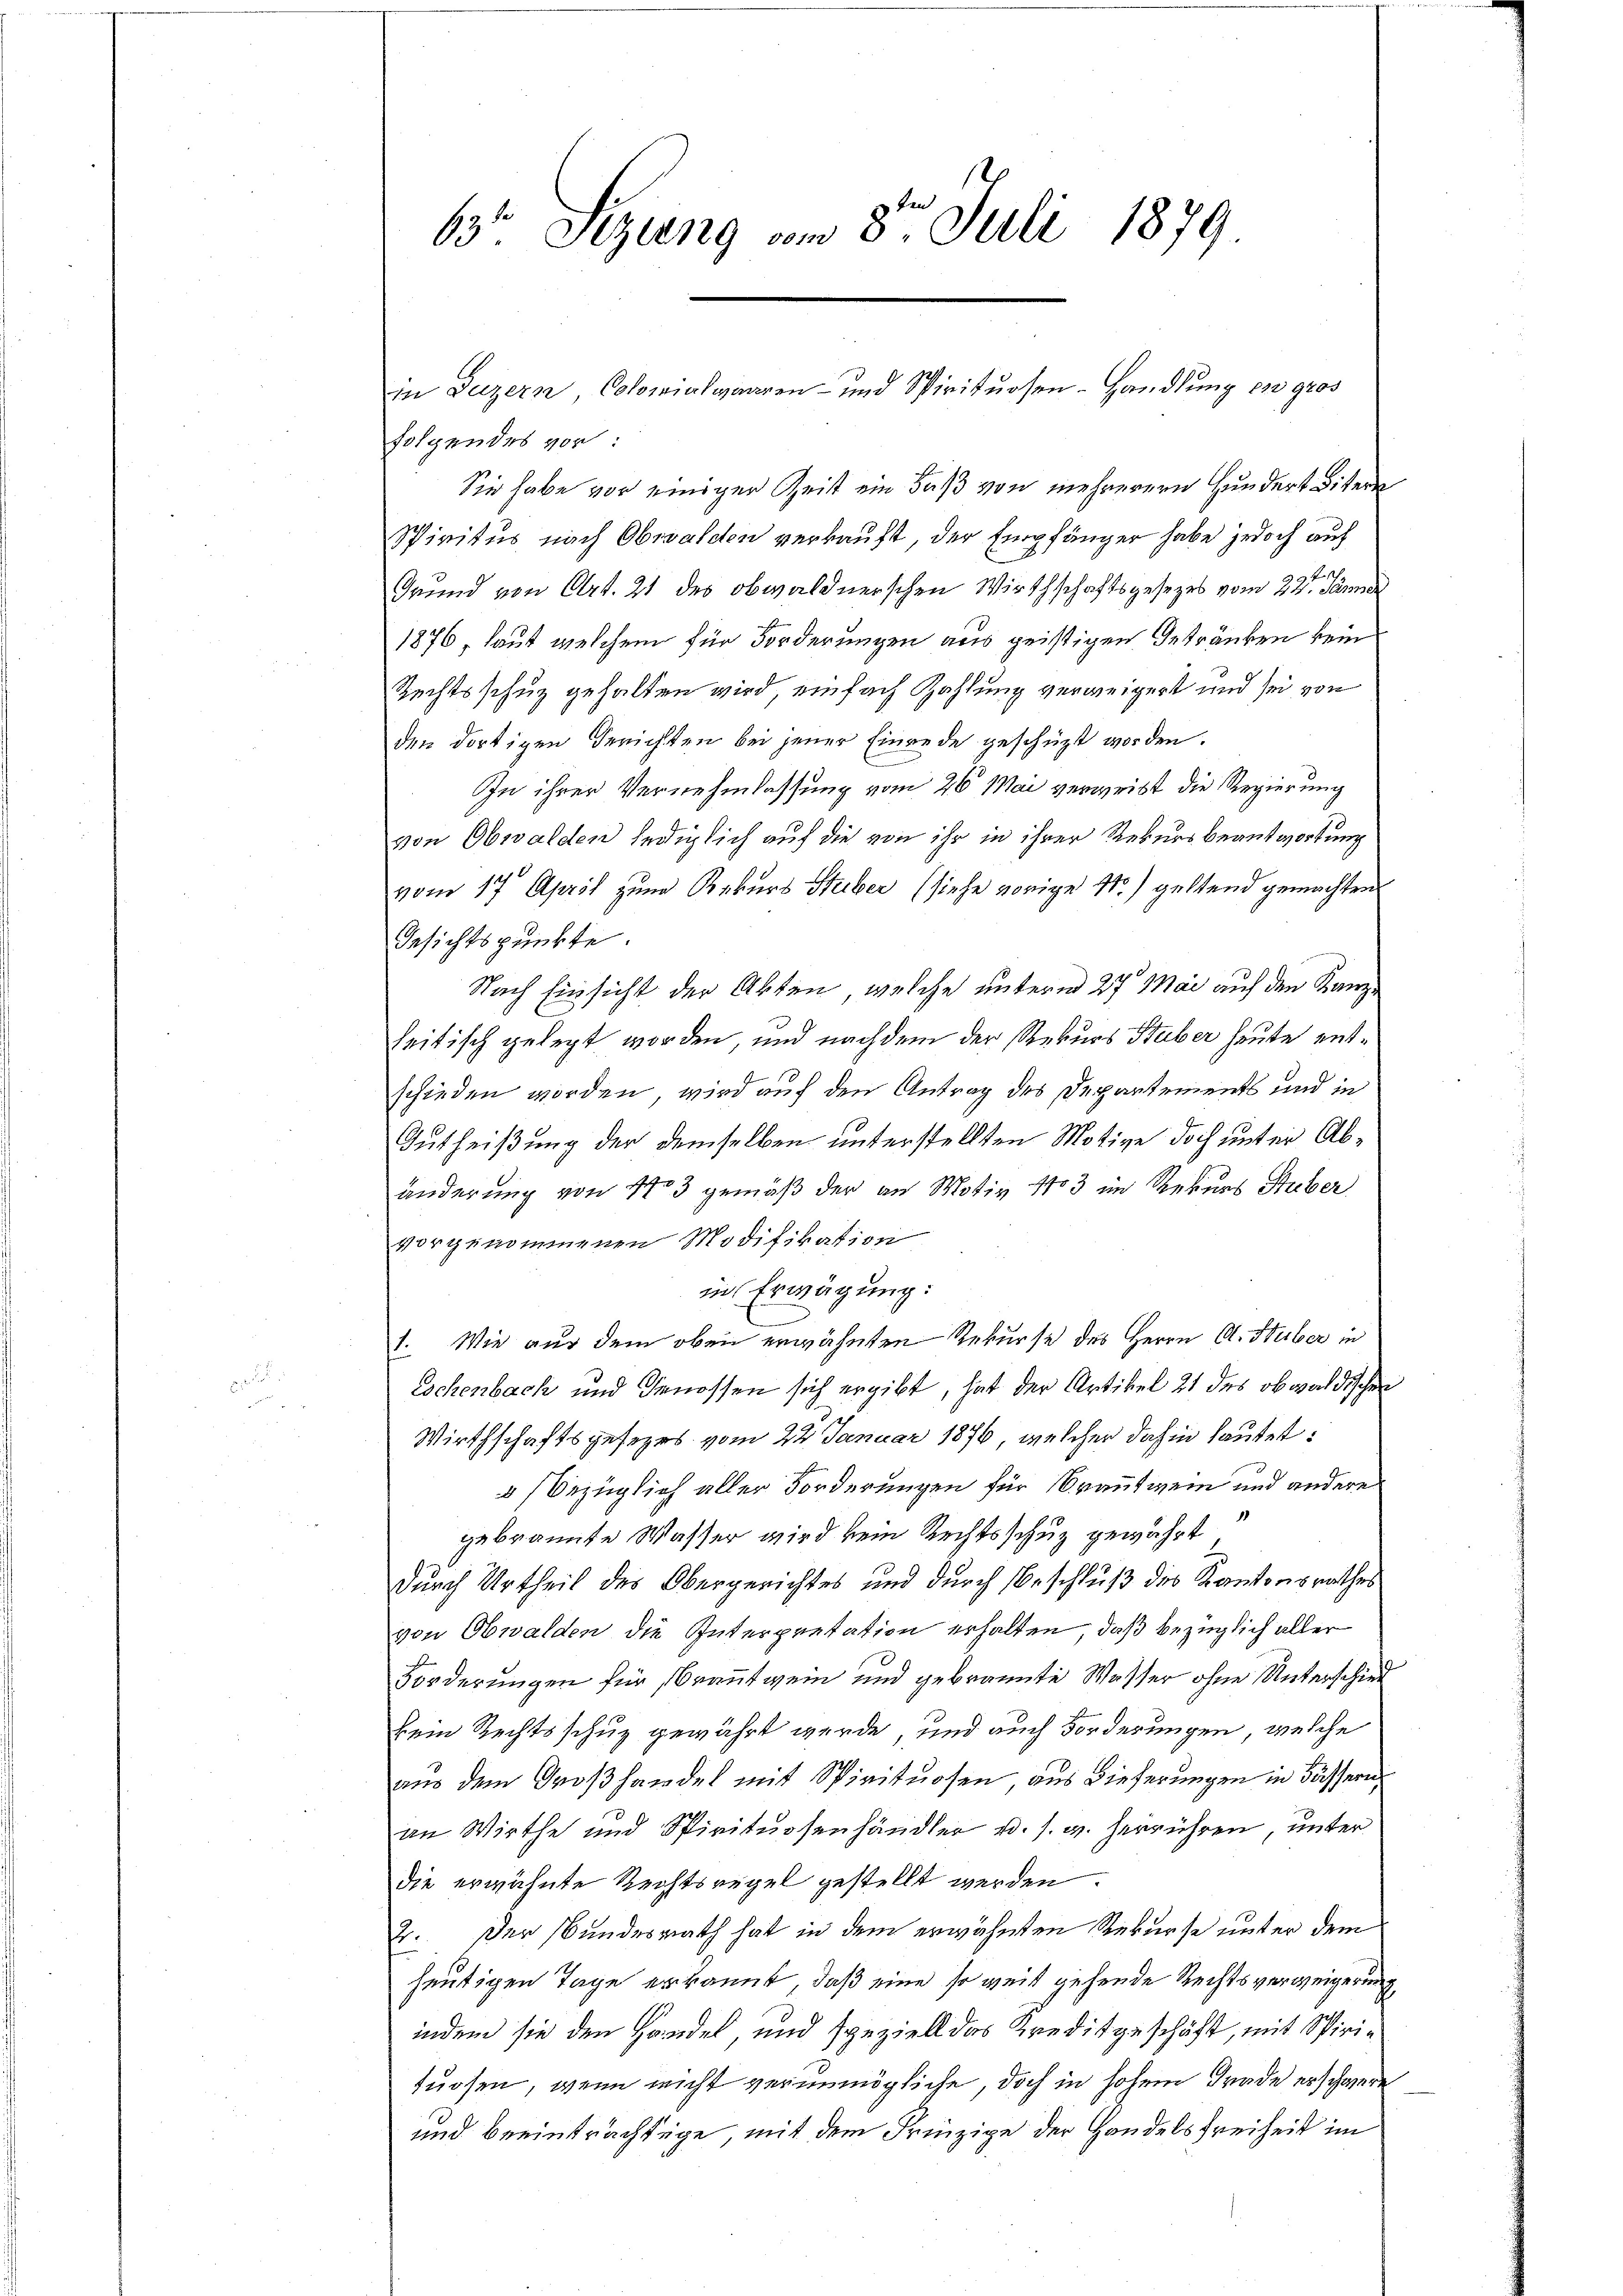
63t Setzung am 8ten Juli 1879.

Folgendes vor:
Sie habe vor einiger Zeit ein Faß von mehrerern Hundert ditere
Wiritus nach Obwalden verkauft, der Empfänger habe jedoch auf
7
Grund von Art. 21 des obwaldnerschen Wirthschaftsgesezes vom 22. Jänner
1876, laut welchem für Forderungen aus geistigen Getränken kein
Rechtsschuz gehalten wird, einfach Zahlung verweigert und sei von
den dortigen Gerichten bei jener Einrede geschüzt worden.
In ihrer Vernehmlassung vom 26. Mai verweist die Regierung
von Obwalden lediglich auf die von ihr in ihrer Rekursbeantwortung
vom 17. April zum Rekurs Huber (siehe vorige 1.) geltend gemachten
Gesichtspunkte.
Nach Einsicht der Akten, welche unterm 27. Mai auf den Kanzseitisch gelegt worden, und nachdem der Rekurs Huber heute entschieden worden, wird auf den Antrag des Departements und in
Gutheißung der demselben unterstellten Motive doch unter Abänderung von 1703 gemäß der an Motiv 1103 im Rekurs Stuber
vorgenommenen Modifikation
in Erwägung:
1. Wie aus dem oben erwähnten Rekurse des Herrn A. Huber in
Eschenbach und Genossen sich ergibt, hat der Artikel 21 des obwaldischen
Wirthschaftsgesezes vom 22. Januar 1876, welcher dahin heutet:
Bezüglich aller Forderungen für Branntwen und andere
gebrannte Wasser wird kein Rechtsschuz gewährt
durch Urtheil des Obergerichtes und durch Beschluß des Kantonsrathes
von Obwalden die Interpretation erhalten, daß bezüglich aller
Forderungen für Branntwein und gebrannte Wasser ohne Unterschied
kein Rechtsschuz gewährt werde, und auch Forderungen, welche
aus dem Großhandel mit Spirituosen, aus dieferungen in Fässern,
an Wirthe und Spirituosenhändler u. s. w. herrühren, unter
die erwähnte Rechtsregel gestellt werden.
E. Der Bundesrath hat in dem erwähnten Rekurse unter dem
heutigen Tage erkannt, daß eine so weit gehende Rechtsverweigerung,
indem sie den Handel, und speziell das Kreditgeschäft, mit Spirituosen, wenn nicht verunmögliche, doch in hohem Grade erschwere
und beeinträchtige mit dem Prinzige der Handelsfreiheit im

in Luzern Colonialwaaren- und Spirituosen-Handlung ein gros